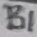
Text: B1